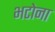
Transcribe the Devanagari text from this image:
भटोना